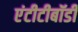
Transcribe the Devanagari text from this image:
एंटीटीबॉडी